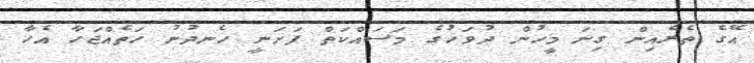
އޭގެ ތެރެއިން ގިނަ މީހުން ދުވަހުގެ މަސައްކަތް ފަށަނީ ހެނދުނު ހަތެއްޖަހާ އެހާ